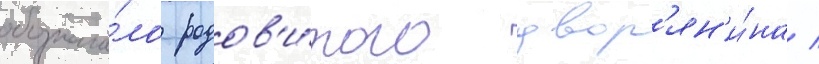
обознача́ло родов'и́того двор'ян'и́на /